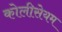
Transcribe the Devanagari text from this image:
कोलीसेयम